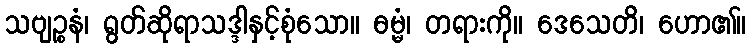
သဗျဉ္စနံ၊ ရွတ်ဆိုရာသဒ္ဒါနှင့်စုံသော။ ဓမ္မံ၊ တရားကို။ ဒေသေတိ၊ ဟော၏။